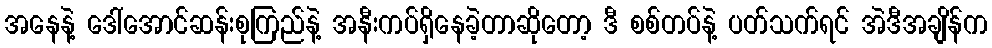
အနေနဲ့ ဒေါ်အောင်ဆန်းစုကြည်နဲ့ အနီးကပ်ရှိနေခဲ့တာဆိုတော့ ဒီ စစ်တပ်နဲ့ ပတ်သက်ရင် အဲဒီအချိန်က